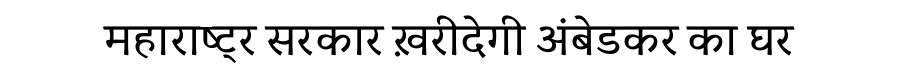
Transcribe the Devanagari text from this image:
महाराष्ट्र सरकार ख़रीदेगी अंबेडकर का घर